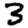
Digit: 3